Report on vaccination North-West Frontier Province 1904-1922 - 1904-1922
Year: 1904
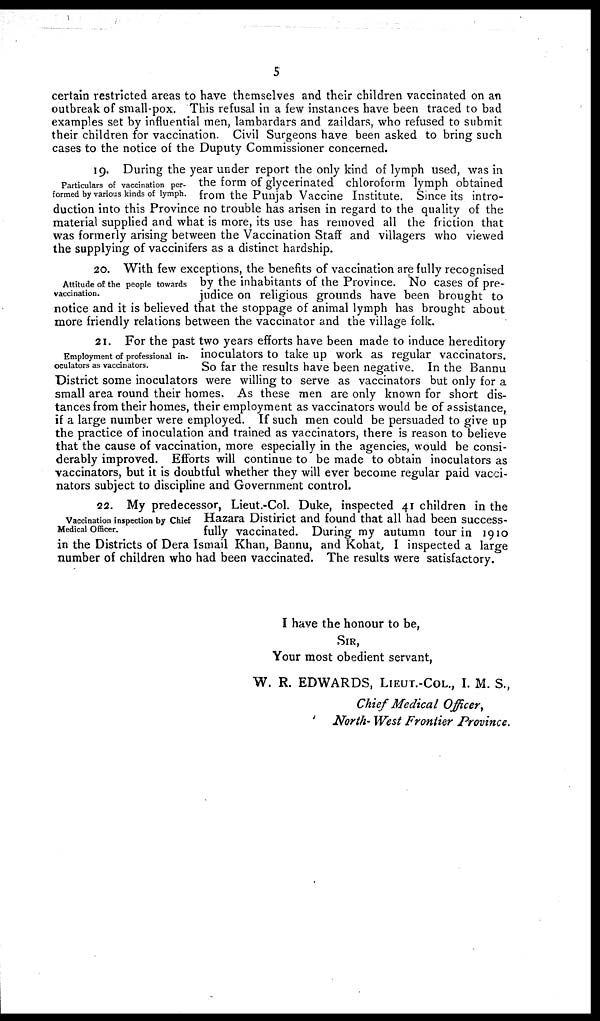
5
certain restricted areas to have themselves and their children vaccinated on an
outbreak of small-pox. This refusal in a few instances have been traced to bad
examples set by influential men, lambardars and zaildars, who refused to submit
their children for vaccination. Civil Surgeons have been asked to bring such
cases to the notice of the Duputy Commissioner concerned.
Particulars of vaccination per-
formed by various kinds of lymph.
19. During the year under report the only kind of lymph used, was in
the form of glycerinated chloroform lymph obtained
from the Punjab Vaccine Institute. Since its intro-
duction into this Province no trouble has arisen in regard to the quality of the
material supplied and what is more, its use has removed all the friction that
was formerly arising between the Vaccination Staff and villagers who viewed
the supplying of vaccinifers as a distinct hardship.
Attitude of the people towards
vaccination.
20. With few exceptions, the benefits of vaccination are fully recognised
by the inhabitants of the Province. No cases of pre-
judice on religious grounds have been brought to
notice and it is believed that the stoppage of animal lymph has brought about
more friendly relations between the vaccinator and the village folk.
Employment of professional in-
oculators as vaccinators.
21. For the past two years efforts have been made to induce hereditory
inoculators to take up work as regular vaccinators.
So far the results have been negative. In the Bannu
District some inoculators were willing to serve as vaccinators but only for a
small area round their homes. As these men are only known for short dis-
tances from their homes, their employment as vaccinators would be of assistance,
if a large number were employed. If such men could be persuaded to give up
the practice of inoculation and trained as vaccinators, there is reason to believe
that the cause of vaccination, more especially in the agencies, would be consi-
derably improved. Efforts will continue to be made to obtain inoculators as
vaccinators, but it is doubtful whether they will ever become regular paid vacci-
nators subject to discipline and Government control.
Vaccination inspection by Chief
Medical Officer.
22. My predecessor, Lieut.-Col. Duke, inspected 41 children in the
Hazara Distirict and found that all had been success-
fully vaccinated. During my autumn tour in 1910
in the Districts of Dera Ismail Khan, Bannu, and Kohat, I inspected a large
number of children who had been vaccinated. The results were satisfactory.
I have the honour to be,
SIR,
Your most obedient servant,
W. R. EDWARDS, LIEUT.-COL., I. M. S.,
Chief Medical Officer,
North- West Frontier Province.